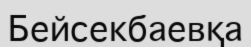
Бейсекбаевқа